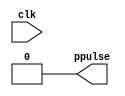
module ptd(input clk, output ppulse);

not #2 g1(nclkd, clk);
nand #2 g2(npulse, nclkd, clk);
not #2 g3(ppulse, npulse);

endmodule

module register(input en, input [31:0] d, output reg [31:0] r);
always @(en) begin
  if (en)
    r <= d;
end
endmodule

module main;
reg [31:0] d;
wire [31:0] r;
reg clk;
wire en;

ptd ptd1(clk, en);
register register1(en, d, r);

initial begin
  clk = 0;
  d = 3;
  $monitor("%4dns monitor: clk=%d en=%d d=%d r=%d", $stime, clk, en, d, r);
end

always #10 begin
  clk = clk + 1;
end

always #20 begin
  d = d + 1;
end

initial #100 $finish;

endmodule